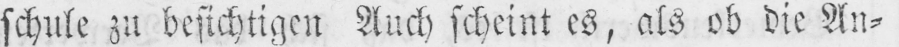
schule zu besichtigen Auch scheint es, als ob die An⸗